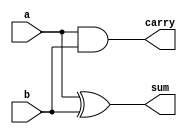
module halfadder(
input a,b,
output sum,carry);

assign sum = a ^ b;
assign carry = a & b;

endmodule

module fulladder (
input a,b,cin,
output sum,carry);
wire ha_sum1;
wire ha_sum2;
wire ha_carry1;
wire ha_carry2;

halfadder ha1(a,b,ha_sum1,ha_carry1);
halfadder ha2(cin,ha_sum1,ha_sum2,ha_carry2);

assign sum = ha_sum2;
assign carry = ha_carry1 | ha_carry2;

endmodule


module CSA (
input cin,
input [31:0] x,y,
output [31:0] s,
output carry,
output OF);
            
wire [31:0] c1,s1,c2;
wire cout;
genvar i;

generate
	fulladder a0(x[0],y[0],cin,s1[0],c1[0]);
	for (i=1; i<32; i= i+1) begin
	   halfadder a(x[i], y[i], s1[i], c1[i]);
	end
	fulladder b0(s1[1],c1[0],1'b0,s[1],c2[1]);
	for (i=1; i<31; i= i+1) begin
	   fulladder b(s1[i+1], c1[i],c2[i],s[i+1],c2[i+1]);
	end
	fulladder bFinal(1'b0,c1[31],c2[31],carry,cout); 

endgenerate

assign OF = (x[31] == y[31] && s[31] != x[31]) ? 1 : 0;



assign s[0] = s1[0];
endmodule